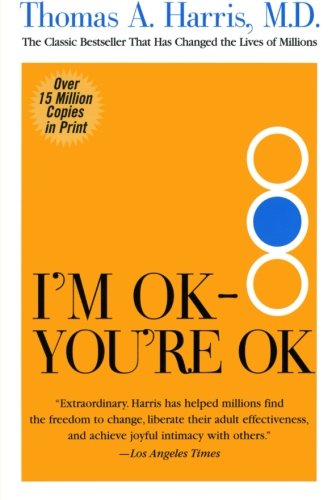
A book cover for I'm OK--You're OK; Thomas Harris; Health, Fitness & Dieting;